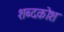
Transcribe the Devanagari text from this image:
शब्‍दकोश